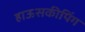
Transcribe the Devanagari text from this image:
हाऊसकीपिंग